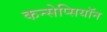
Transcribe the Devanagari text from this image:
कन्सेप्सियॉन